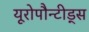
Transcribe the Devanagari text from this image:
यूरोपौन्टीड्स